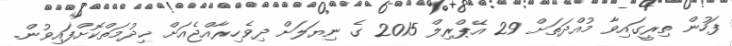
ފަހުން ތިރީގައިވާ މުއްދަތަށް 29 އޭޕްރިލް 2015 ގެ ނިޔަލަށް ދިވެހިރާއްޖެއަށް ޚިދުމަތްކޮށްފައިވުން.